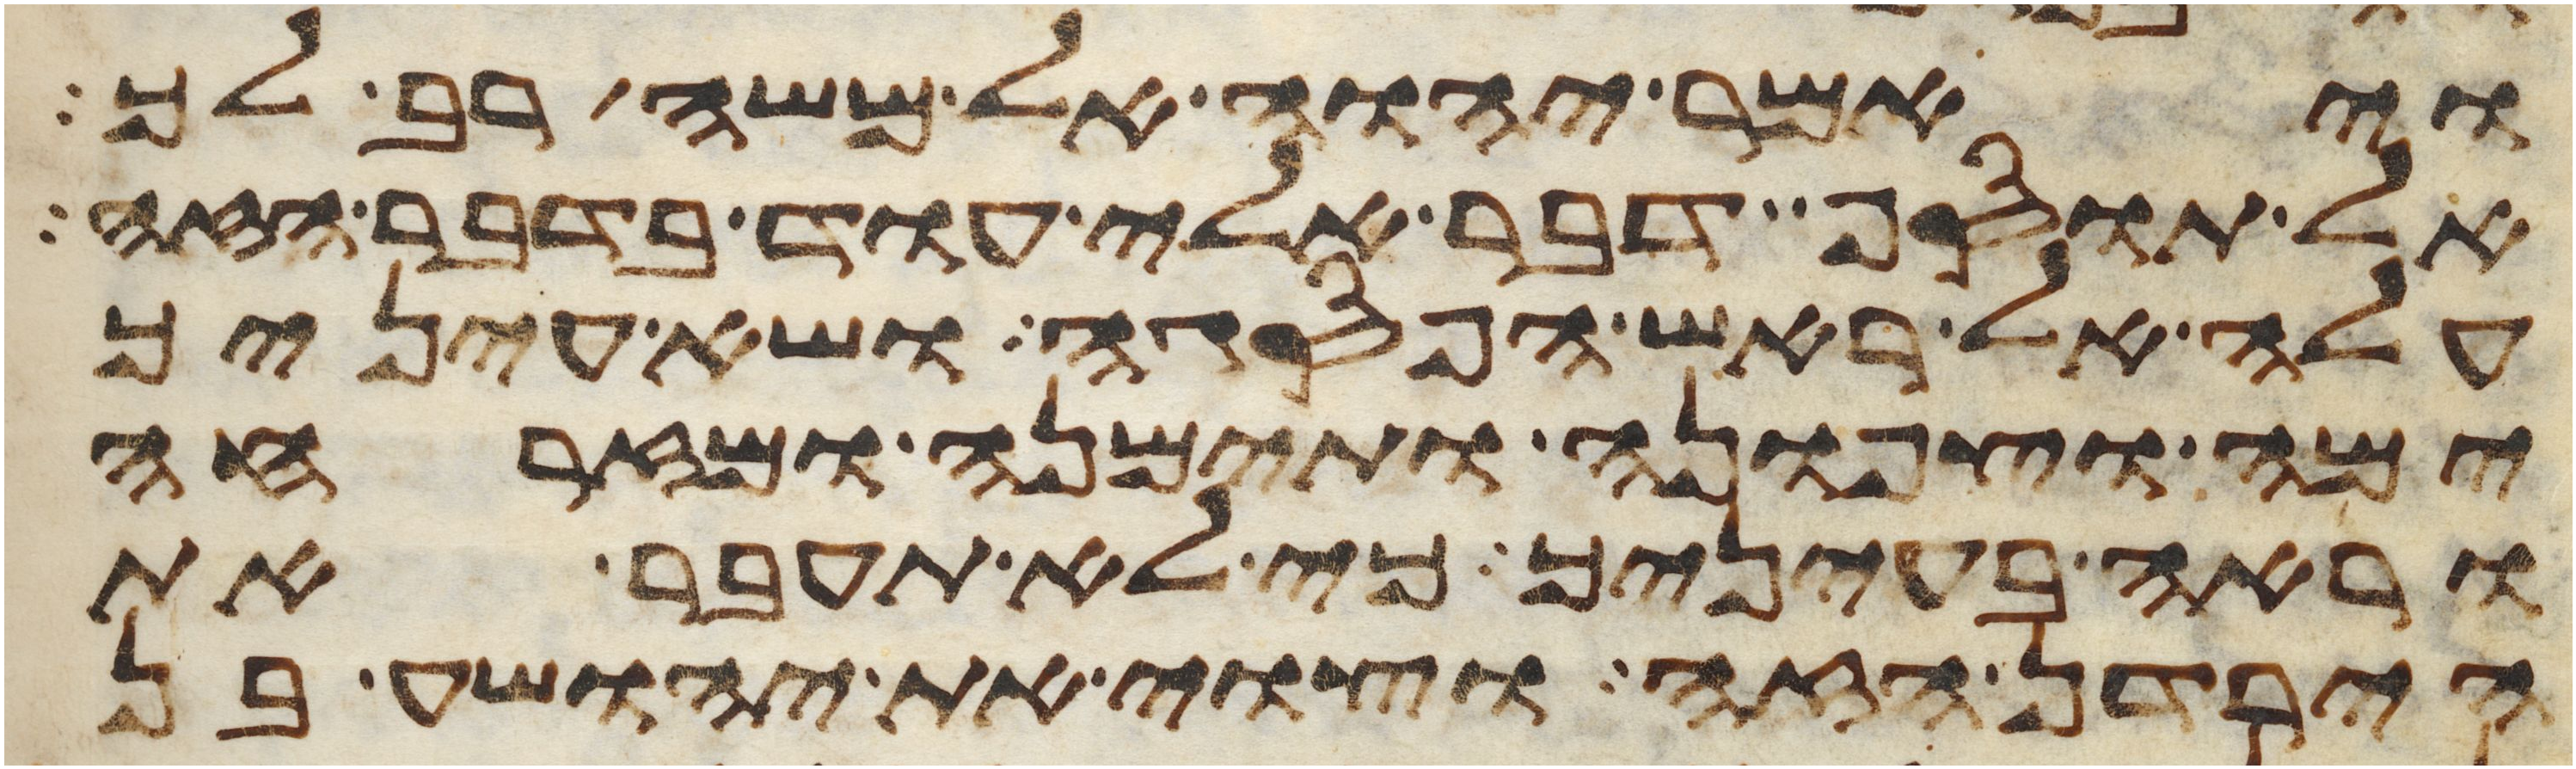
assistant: ויאמר יהוה אל משה רב לך
אל תוסף דבר אלי עוד בדבר הזה
עלה אל ראש הפסגה ושא עיניך
ימה וצפונה ותימנה ומזרחה
וראה בעיניך כי לא תעבר את
הירדן הזה וצוי את יהושע בן